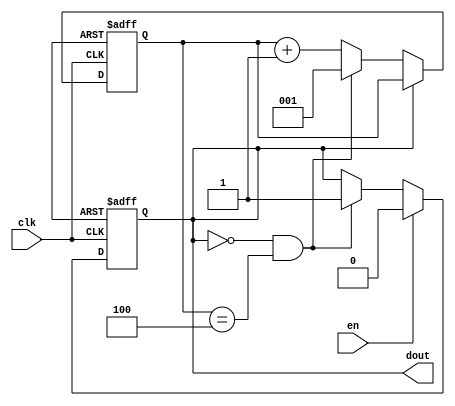
module count_2(
    clk,
    en,
    dout
    );

input clk;
input en;

output dout;

reg [2:0] cnt;
wire add_cnt;
wire end_cnt;
reg dout;


always  @(posedge clk or negedge rst_n)begin
    if(rst_n==1'b0)begin
        cnt <=3'b0;
    end
    else if(add_cnt) begin
         if(end_cnt)
             cnt <= 3'b1;
         else
             cnt <= cnt + 1;
     end
 end
 
// assign(add_cnt) = dout<=0;
// assign(end_cnt) = add_cnt && cnt=5-1;

 assign add_cnt = dout==0;//<= 是赋值语句 不能用于条件判断
 assign end_cnt = add_cnt && cnt==5-1;// = 也是赋值符号，应该用==

 always  @(posedge clk or negedge rst_n)begin
     if(rst_n==1'b0)begin
         dout <= 1;
     end
     else if(en) begin
         dout <= 0;
     end
     else if(end_cnt) begin
         dout<=1;
     end
 end

endmodule